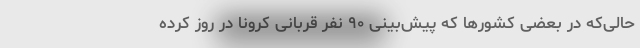
حالی‌که در بعضی کشورها که پیش‌بینی ۹۰ نفر قربانی کرونا در روز کرده